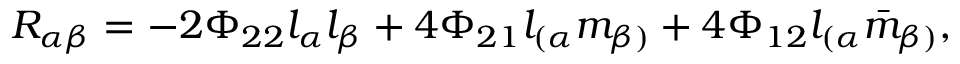
R _ { \alpha \beta } = - 2 \Phi _ { 2 2 } l _ { \alpha } l _ { \beta } + 4 \Phi _ { 2 1 } l _ { ( \alpha } m _ { \beta ) } + 4 \Phi _ { 1 2 } l _ { ( \alpha } { \bar { m } } _ { \beta ) } ,